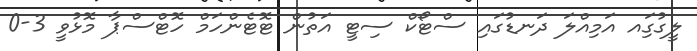
ލީގުގަިއ އަމިއްލަ ދަނޑުގައި ސްޓޯކް ސިޓީ އަތުން ޓޮޓެންހަމް ހޮޓްސްޕާ މޮޅުވީ 3-0